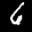
Label: 6